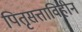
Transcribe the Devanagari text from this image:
पितृसत्ताविहीन